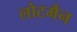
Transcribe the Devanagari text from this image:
लोटमैन